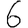
Digit: 6